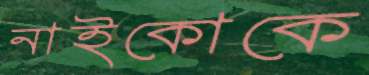
নাইকোকে